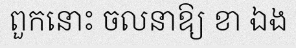
ពួកនោះ ចលនាឱ្យ ខា ឯង